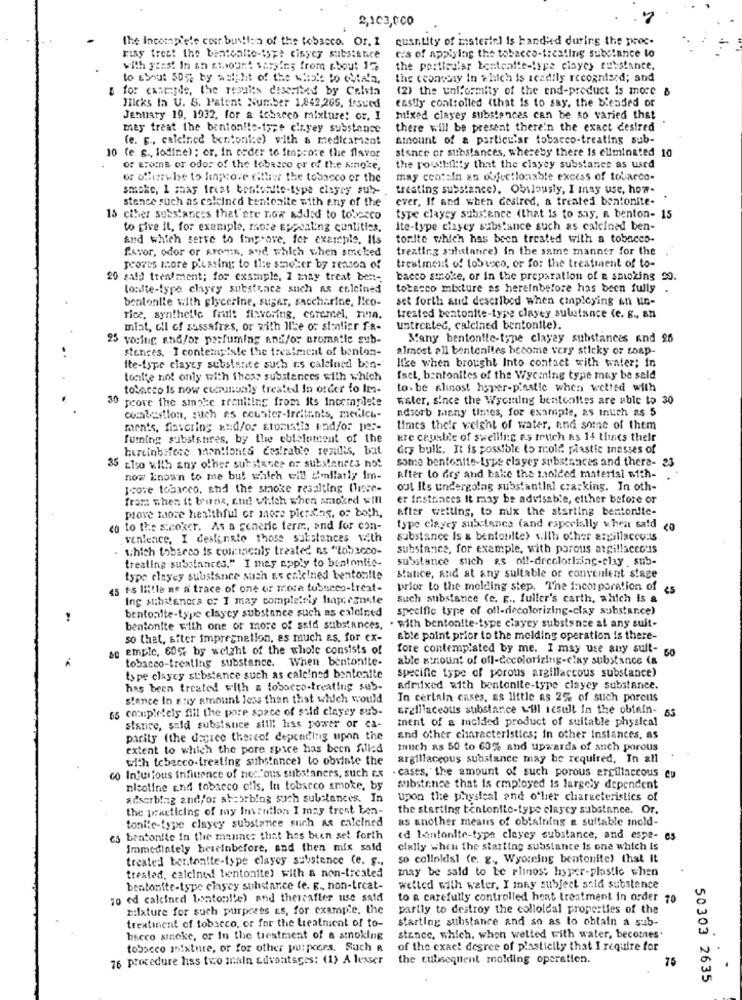
2,103,000
quantity of misterinl is handled during the proc-
the Incomplete cour. buttion of the tobacco. Or. 1
rias treat the bentoalte-tspe cisycy substance
ces of applying the tobacco-treating substance lo
with fins! In an chiount varying from about 17
the particular bontealte-type cisyes substance.
to ESout 50% by adip ht of the wish to Chla'n.
the cconvery In which is acadily recognised; and
& for caseyde, the results disvibed by Calvin
(2) the uniformity of the end-product is more &
easily controlled (that is to say, the beaded or
Hicks In U. S. Patent Number 1.842,265, frsued
Jenuary 19, 1932, for a tobacco mixture: or, I
mixed clayey substances can be so varied that
mey treat the bentonite-ispe cinyey substance
there will be present there'n the exact desired
(e. g. caleined bentoni:e) with a medicament
amount of a particular tobacco-treating sub-
10 (e. s ., lodine); or, in order to Improve the flavor
stance or substances, whereby there is eliminated 10
of Broms of odor of the tobacco or of the smoke,
the rowsibility that the clayey substance as used
or otherwise to lingove either the tobacco or the
may contain an objectionable excess of tobacco-
smoke, I may treat bentonite-type clagey sub-
treating substance). Obilously, I may use, how-
stence such as colcined tentealle with any of the
ever, If and when Gestred, a treated bentonite-
. .
15 ciher substances that are now added to tobesco
type clayey substance (that is to say, n benton- 15
to give it, for exemple, more appealing cuntitics,
ite-type clayey substance such as calcined ben-
and which serve to improve, for example, Ils
tonite which has been treated with a tobacco-
favor, odor or aroma, and which when smacked
treating substance) in the same manner for the
proves more phasing to the smoker by reason of
treatment of tobacco, or for the treatment of to-
20 sald treatment; for example, 1 may treat bent-
bacco smoke, or in the preparation of a smoking 20.
loulte-type clayry substance such as cr.leined
tobacco mixture as hereinbefore has been fully .
bentonlle with glycerine, sugar, saccharine, I!co-
set forth and described when employing en un-
rice, synthetic fruit fisvering, coremel, nun.
treated bentonlte-type clayey sulufance (e. g ., an
miat, oil of sassafras, or with Ile or sinlier fa-
untreated, calciaed bentonite).
25 voring and/or parfuming and/or aromaile sub-
Many bentonite-type clayey substances and 26
stences. I contempeste the treatment of benion-
almost all bentonites become very sticky or soap-
like when brought Into contact with water; in
ite-ispe clayey substance such as calcined bin-
tonite not only with those substances with which
fact, bentonites of the Wycining type may be sald
tobacco is now comunvaly treated In order to Im-
to. be slinost hyper-plastic when wetted with
30 prove the sinoke reaniting from its incomplete
Ester, since the Wyoming bentcalles are able to 30
adsorb tanny times, for example, as Inuch as 5
combustion, such as counter-Irritants, medici-
men's, flavoring and/or stomatis end/or per-
times their weight of water, and some of them
fuming substances, by the eblelatcent of the
kre crusble of swelling es truch As 14 times their
burcinbefore mon!fonts desirable rezidis, but
dry bulk. It is possible to role plastie inesses of
some bentonite-type clayey substances and there- 23
35 cleo with any other substance or substances not
now known to me but which will similarly Im-
Rfter lo drs and bake the molded material with-
Icove tobacco, thd the smoke resulting (lisse-
out Its undergolag substantial cracking. In oth-
from when it birna, and which when smoked will
er instances It may be advisable, either before or
after wetting, to mix the starting bentonite-
prove more healthful or more pictsing. of both,
<o to the smoker. As a generic teri, and for con-
type clayey substance (and especially when said
venleace, I destinate those substances with
substance is & bentoulte) with other argillaceo:ts
- which tobacco is commonly treated ns "tobacco-
substance, for example, with porous argillaceous
substance such as off-drcolorizing-clay .sub-
treating substances." I may apply to bentontie-
type clayey substance such as calcined bentonite
Statice, and at any suitable or convenient stage
15 ts little ne a trace of one or more tubseco-treat-
prior to the molding step. The incorporation of es
Ing stibstenera of I may completely hap;cznete
Such substance (e. g ., fuller's carth, which is a
bentoalte-type claycy substance such as caleined
specific type of ofl-diecolorizing-clay substar.ce)
bentonite with one or more of ssid substances, . with bentonite-type clayey substance at any suit-
so that, after impregnation, as much as. for ex-
able point prior to the molding operation is there-
se emple, 60% by weight of the whole consists of
fore contemplated by me. I may use any sult-
tobacco-treating substance. When bentonite-
able str.ount of ofl-decolorizing-clay substance (a
type clayey substance such as caleined bentonite
specific type of porous argillaccous substance)
has been treated with a tobacco-treating sub-
admixed with bentonite-type clayey substance.
stance In any amount less than that which would
In certain cases, as little as 2% of such parents
65 completely fill the pore space of sild clayey sus-
Erelliaceous substance will result In the obtain- 55
ment of a molded product of suitable physical
stance, said substance sill! has power or ca-
parity (the decree thereof depending upon the
and other characteristics; in other instances, as
extent to which the pore spice has been filled
much as 50 to 60% and upwards of such porous
with tobacco-treating substance) to obvinte the
argillaccous substance may be required, In all
co Injurious influence of nor:"ous substaners, such es . cases, the amount of such porous ercillaccous eu
nicotine end tobacco olls, In tobacco smoke, by
substance that is employed is largely dependent
adsorbing and/or sheorbing such substances. In
upon the physical and other characteristics of
the practicing of my Invention I may trent ben-
the starting bentonite-type claycy substance. Or.
tonile-type clayey substance such as calelned
as another means of obtaining & suitable mold-
es bentonite in the manner that has been set forth
(d lintonite-type cleyey substance, and espe- 65
immediately hereinbefore, and then mix sald
cially when the starting substance is one which Is
treated ber.ton!te-type clayey substence (e. g .,
so colloldsi (e. g ., Wyouring bentonite) that it
treated, calcinei bentonite) with a non-treated
may be sald to be rimnost hyper-plastic when
bentonite-type clasey substance (e. g ., non-treat-
welted with water, I iny subject sald substance
70 ed calcined bontonl'e) and thereafter use said
to a carefully controlled heat treatment in order 70
milxture for such purposes Es, for example. the
partly to destroy the colloidal properties of the
treatinent of tobacco, or for the treatment of to-
starting substance and so as to obtain a sub-
bacco smoke, or In the treatment of a smoking
stance, which, when wetted with water, becomes.
tobacco mixture, or for other pu: poors. Such a
of the exact degree of plasticily that I require for
76 procedure hiss two main advoatsges: (1) A lesser
the subsequent molding operatien.
75
50303 2635